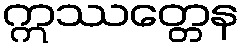
ဣဿတ္တေန